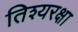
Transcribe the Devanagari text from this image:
तिश्यरक्षा